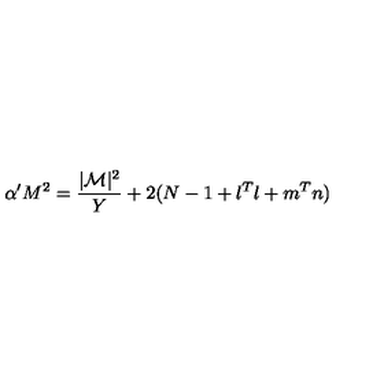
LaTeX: \alpha ^ { \prime } M ^ { 2 } = \frac { | { \cal M } | ^ { 2 } } { Y } + 2 ( N - 1 + l ^ { T } l + m ^ { T } n )